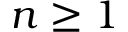
n \ge 1